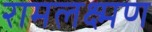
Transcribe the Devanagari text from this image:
रामलक्ष्मण